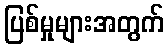
ပြစ်မှုများအတွက်